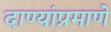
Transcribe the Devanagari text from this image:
दाण्यांप्रमाणे